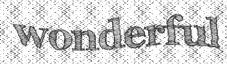
wonderful